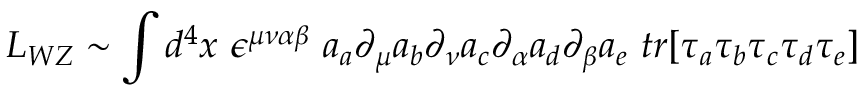
{ \cal { L } _ { W Z } } \sim \int d ^ { 4 } x ~ \epsilon ^ { \mu \nu \alpha \beta } ~ a _ { a } \partial _ { \mu } a _ { b } \partial _ { \nu } a _ { c } \partial _ { \alpha } a _ { d } \partial _ { \beta } a _ { e } ~ t r [ \tau _ { a } \tau _ { b } \tau _ { c } \tau _ { d } \tau _ { e } ]